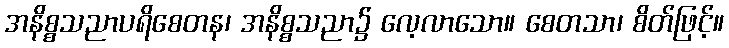
အနိစ္စသညာပရိစေတန၊ အနိစ္စသညာ၌ လေ့လာသော။ စေတသာ၊ စိတ်ဖြင့်။